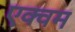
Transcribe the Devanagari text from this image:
एक्वम